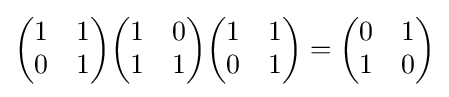
{\begin{pmatrix}1&1\\0&1\end{pmatrix}}{\begin{pmatrix}1&0\\1&1\end{pmatrix}}{\begin{pmatrix}1&1\\0&1\end{pmatrix}}={\begin{pmatrix}0&1\\1&0\end{pmatrix}}